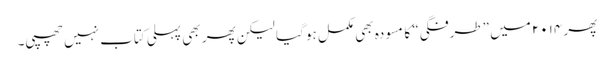
پھر ۲۰۱۴ میں ”طرفگی“ کا مسودہ بھی مکمل ہو گیا لیکن پھر بھی پہلی کتاب نہیں چھپی۔